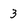
Character: 3